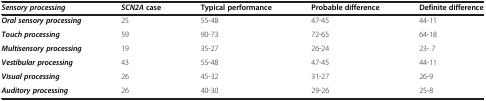
<table><thead><tr><td><b><i>Sensory processing</i></b></td><td><b><i>SCN2A </i>case</b></td><td><b>Typical performance</b></td><td><b>Probable difference</b></td><td><b>Definite difference</b></td></tr></thead><tbody><tr><td><b><i>Oral sensory processing</i></b></td><td>25</td><td>55-48</td><td>47-45</td><td>44-11</td></tr><tr><td><b><i>Touch processing</i></b></td><td>59</td><td>90-73</td><td>72-65</td><td>64-18</td></tr><tr><td><b><i>Multisensory processing</i></b></td><td>19</td><td>35-27</td><td>26-24</td><td>23- 7</td></tr><tr><td><b><i>Vestibular processing</i></b></td><td>43</td><td>55-48</td><td>47-45</td><td>44-11</td></tr><tr><td><b><i>Visual processing</i></b></td><td>26</td><td>45-32</td><td>31-27</td><td>26-9</td></tr><tr><td><b><i>Auditory processing</i></b></td><td>26</td><td>40-30</td><td>29-26</td><td>25-8</td></tr></tbody></table>